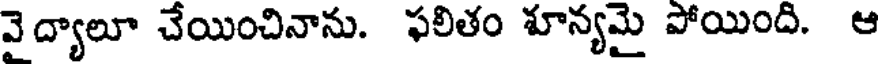
వై ద్యాలూ చేయించినాను. ఫలితం శూన్యమై పోయింది. ఆ